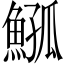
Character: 𩸰